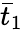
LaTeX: {\bar{t}_{1}}